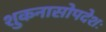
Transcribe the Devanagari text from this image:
शुकनासोपदेशः